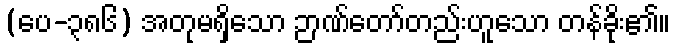
(ပေ-၃၈၆) အတုမရှိသော ဉာဏ်တော်တည်းဟူသော တန်ခိုး၏။